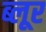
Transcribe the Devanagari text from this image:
ब्लूर